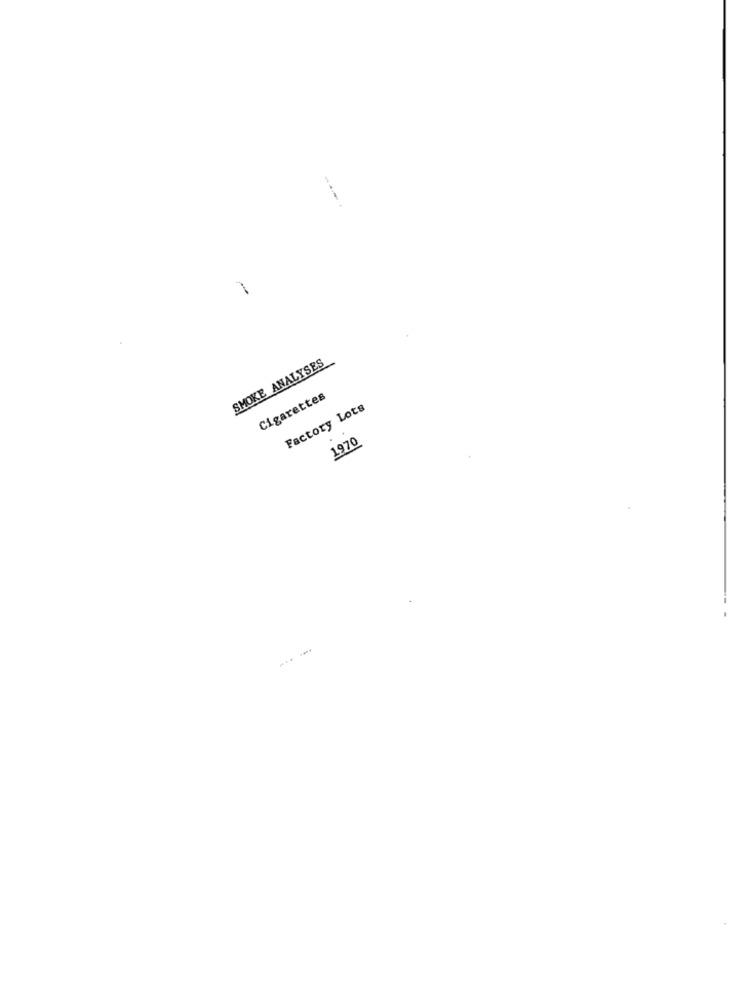
SMOKE ANALYSES
Cigarettes
Factory Lots
.
1970